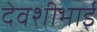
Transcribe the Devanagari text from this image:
देवशीभाई